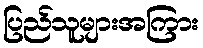
ပြည်သူများအကြား